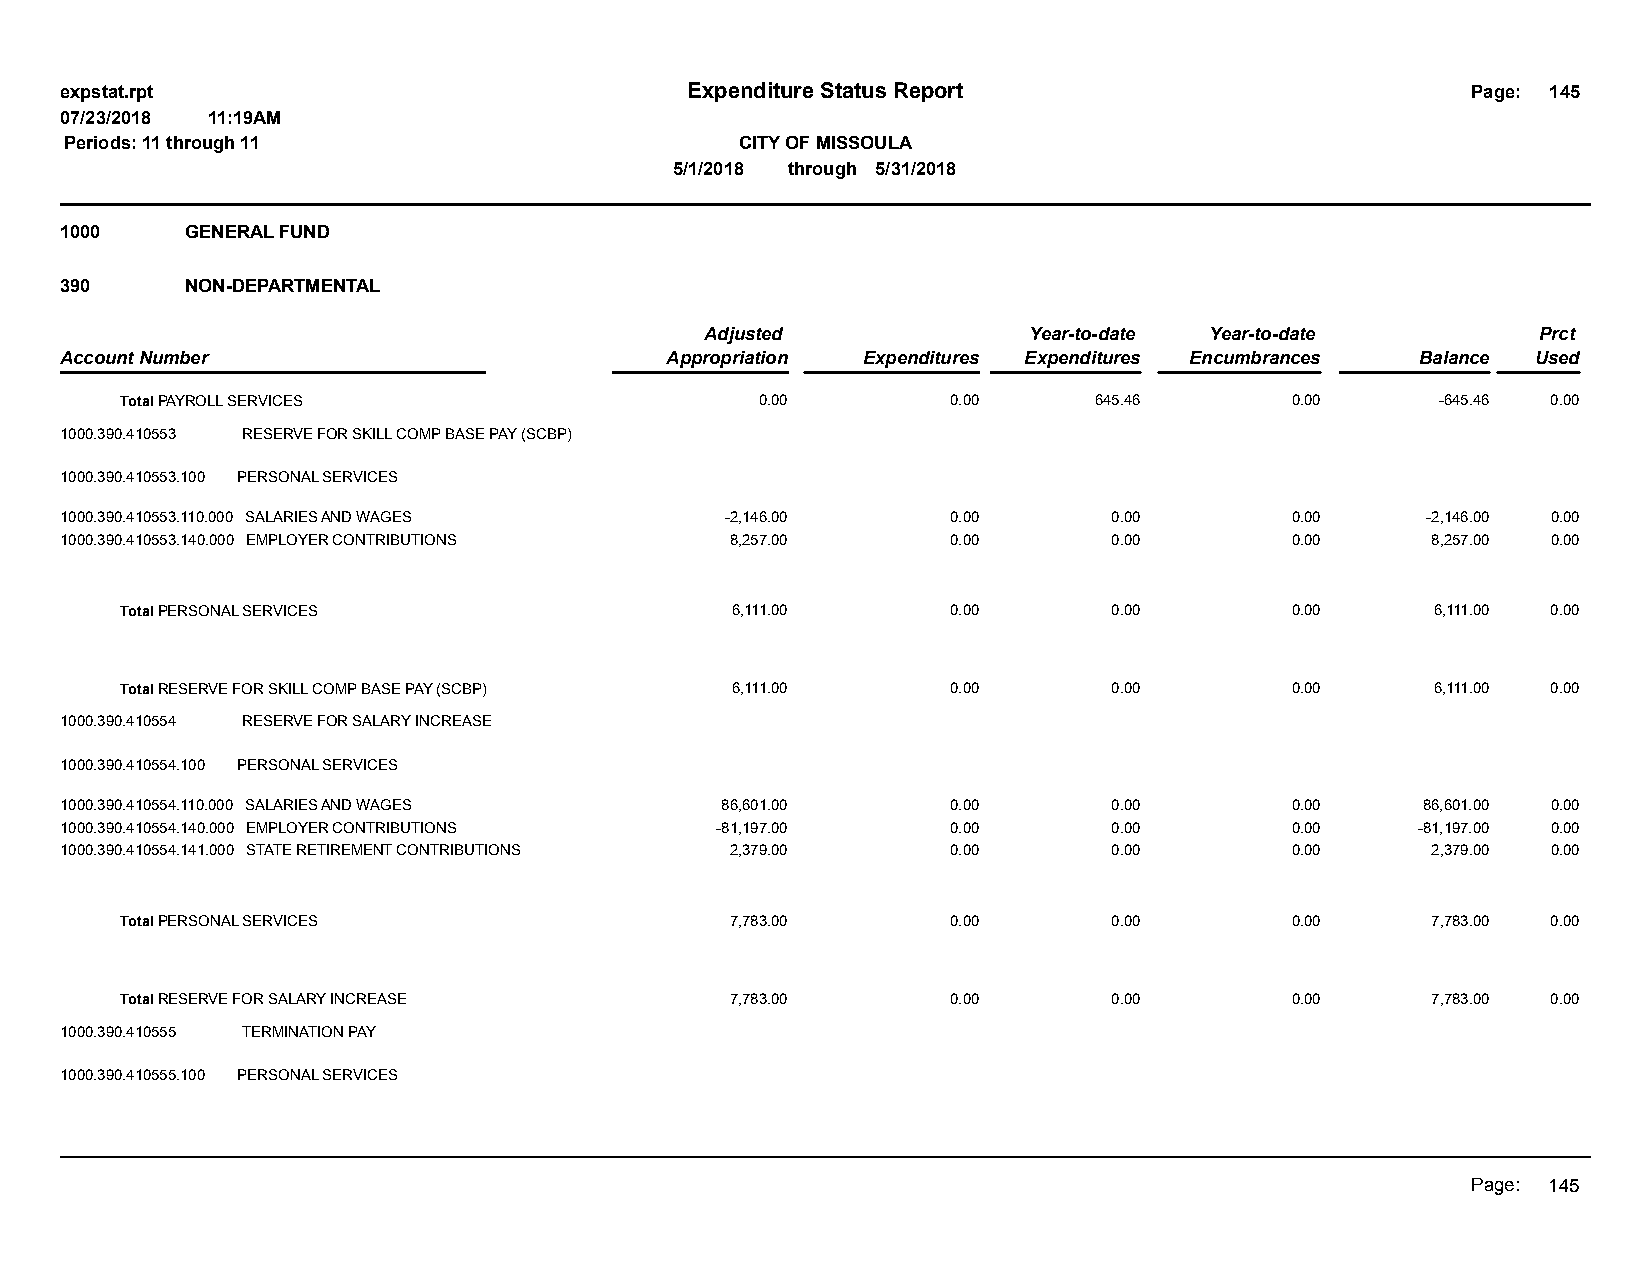
expstat.rpt                              Expenditure Status Report                           Page: 145
 07/23/2018 11:19AM
 Periods: 11 through 11                       CITY OF MISSOULA
 5/1/2018 through 5/31/2018
 1000    GENERAL FUND
 390     NON-DEPARTMENTAL
 Adjusted             Year-to-date Year-to-date         Prct
 Account Number                          Appropriation Expenditures Expenditures Encumbrances Balance Used
 Total PAYROLL SERVICES                    0.00         0.00     645.46       0.00      -645.46 0.00
 1000.390.410553 RESERVE FOR SKILL COMP BASE PAY (SCBP)
 1000.390.410553.100 PERSONAL SERVICES
 1000.390.410553.110.000 SALARIES AND WAGES  -2,146.00      0.00       0.00       0.00     -2,146.00 0.00
 1000.390.410553.140.000 EMPLOYER CONTRIBUTIONS 8,257.00    0.00       0.00       0.00      8,257.00 0.00
 Total PERSONAL SERVICES                 6,111.00       0.00       0.00       0.00      6,111.00 0.00
 Total RESERVE FOR SKILL COMP BASE PAY (SCBP) 6,111.00  0.00       0.00       0.00      6,111.00 0.00
 1000.390.410554 RESERVE FOR SALARY INCREASE
 1000.390.410554.100 PERSONAL SERVICES
 1000.390.410554.110.000 SALARIES AND WAGES  86,601.00      0.00       0.00       0.00     86,601.00 0.00
 1000.390.410554.140.000 EMPLOYER CONTRIBUTIONS -81,197.00  0.00       0.00       0.00     -81,197.00 0.00
 1000.390.410554.141.000 STATE RETIREMENT CONTRIBUTIONS 2,379.00 0.00  0.00       0.00      2,379.00 0.00
 Total PERSONAL SERVICES                 7,783.00       0.00       0.00       0.00      7,783.00 0.00
 Total RESERVE FOR SALARY INCREASE       7,783.00       0.00       0.00       0.00      7,783.00 0.00
 1000.390.410555 TERMINATION PAY
 1000.390.410555.100 PERSONAL SERVICES
 Page: 145